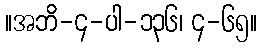
။အဘိ-၄-ပါ-၁၃၆၊ ၄-၆၅။